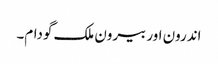
اندرون اور بیرون ملک گودام۔